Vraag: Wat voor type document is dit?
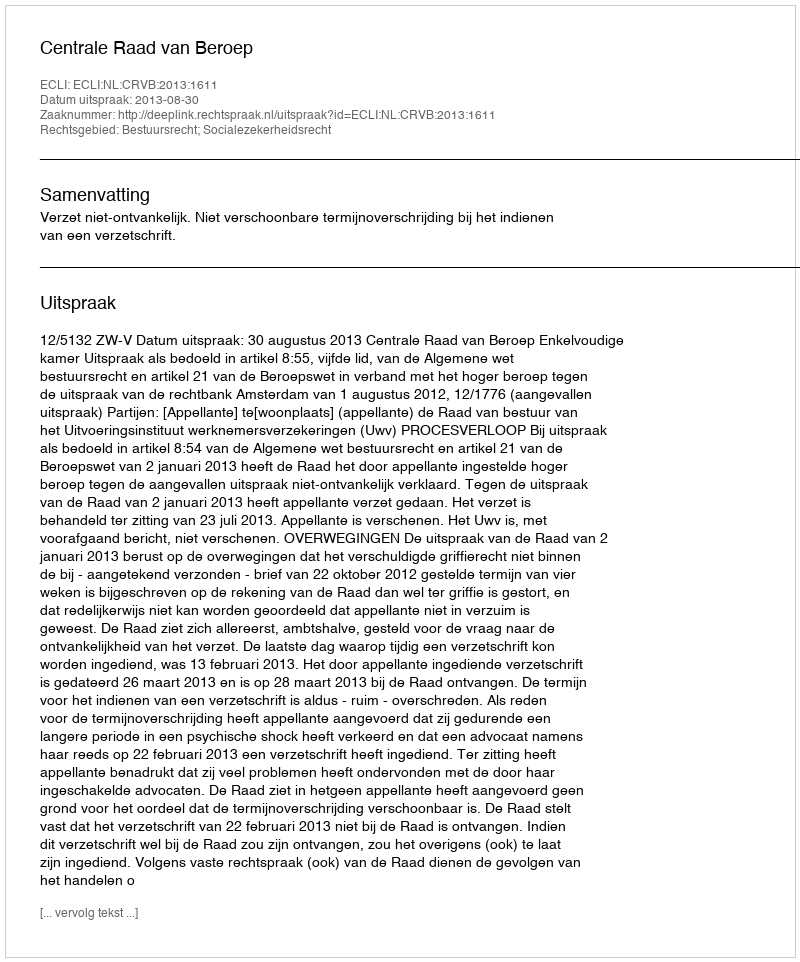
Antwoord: Uitspraak